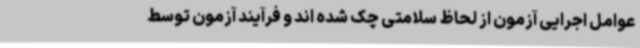
عوامل اجرایی آزمون از لحاظ سلامتی چک شده اند و فرآیند آزمون توسط